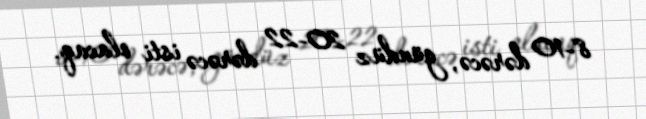
8-10 dərəcə, gündüz 20-22 dərəcə isti olacaq.